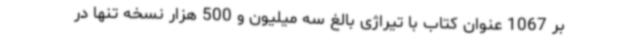
بر 1067 عنوان کتاب با تیراژی بالغ سه میلیون و 500 هزار نسخه تنها در